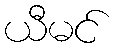
ယီမင်